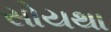
સોયથા